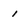
Character: 1